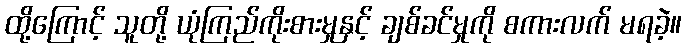
ထို့ကြောင့် သူတို့ ယုံကြည်ကိုးစားမှုနှင့် ချစ်ခင်မှုကို စကားလက် မရခဲ့။